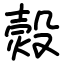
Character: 㷤